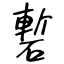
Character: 磛